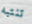
تنتبه